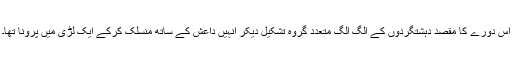
اس دورے کا مقصد دہشتگردوں کے الگ الگ متعدد گروہ تشکیل دیکر انہیں داعش کے ساتھ منسلک کرکے ایک لڑی میں پرونا تھا۔